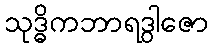
သုဒ္ဓိကဘာရဒွါဇော